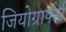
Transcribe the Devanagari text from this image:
जियोग्राफर्स